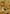
لا